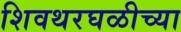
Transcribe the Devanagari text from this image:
शिवथरघळीच्या